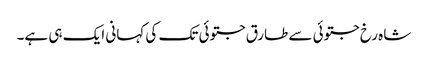
شاہ رخ جتوئی سے طارق جتوئی تک کی کہانی ایک ہی ہے۔